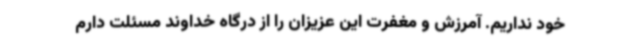
خود نداریم. آمرزش و مغفرت این عزیزان را از درگاه خداوند مسئلت دارم